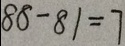
8 8 - 8 1 = 7